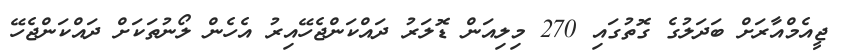
ޖީއެމްއާރަށް ބަދަލުގެ ގޮތުގައި 270 މިލިއަން ޑޮލަރު ދައްކަންޖެހޭއިރު އެހެން ލޯނުތަކަށް ދައްކަންޖެހޭ